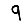
Digit: 9